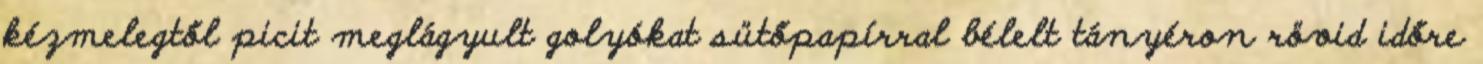
kézmelegtől picit meglágyult golyókat sütőpapírral bélelt tányéron rövid időre